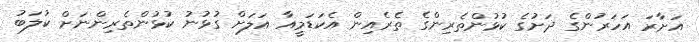
އަށާރަ އަހަރުންގެ ދަށުގެ ކުޅުންތެރިންގެ ތެރެއިން އެކަޑަމީއާ އަލަށް ގުޅުނު ކުޅުންތެރިންނަށް ކުލަބު